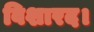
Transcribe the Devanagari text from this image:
विशारद।